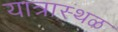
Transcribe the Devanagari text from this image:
यात्रास्थळ